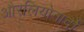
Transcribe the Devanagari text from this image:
औरलियोनार्दो